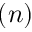
( n )